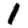
Digit: 1